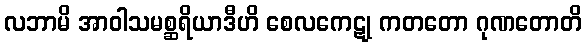
လဘာမိ အာဝါသမစ္ဆရိယာဒီဟိ စေလကေဋု ကတတော ဂုဏတောတိ